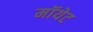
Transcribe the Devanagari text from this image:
मॉयेट